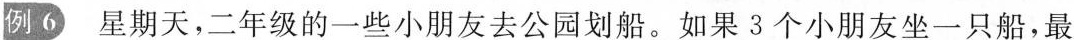
例6 星期天，二年级的一些小朋友去公园划船。如果3个小朋友坐一只船，最